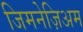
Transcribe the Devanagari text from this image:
जिमनेज़िअम